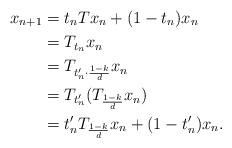
LaTeX: \begin{align*}x_{n+1} &= t_nTx_n + (1-t_n)x_n \\&= T_{t_n}x_n \\&= T_{t'_n \cdot \frac{1-k}{d}} x_n \\&= T_{t'_n} (T_{\frac{1-k}{d}} x_n) \\&= t'_n T_{\frac{1-k}{d}} x_n + (1-t'_n) x_n .\end{align*}